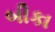
બીકા